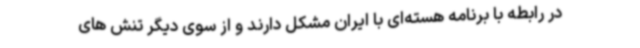
در رابطه با برنامه هسته‌ای با ایران مشکل دارند و از سوی دیگر تنش های